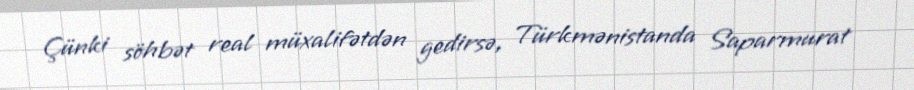
Çünki söhbət real müxalifətdən gedirsə, Türkmənistanda Saparmurat